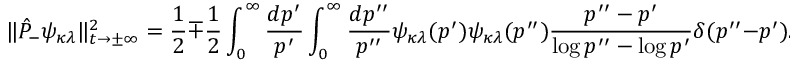
\| \hat { P } _ { - } \psi _ { \kappa \lambda } \| _ { t \rightarrow \pm \infty } ^ { 2 } = \frac { 1 } { 2 } \mp \frac { 1 } { 2 } \int _ { 0 } ^ { \infty } \frac { d p ^ { \prime } } { p ^ { \prime } } \int _ { 0 } ^ { \infty } \frac { d p ^ { \prime \prime } } { p ^ { \prime \prime } } \psi _ { \kappa \lambda } ( p ^ { \prime } ) \psi _ { \kappa \lambda } ( p ^ { \prime \prime } ) \frac { p ^ { \prime \prime } - p ^ { \prime } } { \log p ^ { \prime \prime } - \log p ^ { \prime } } \delta ( p ^ { \prime \prime } - p ^ { \prime } ) .